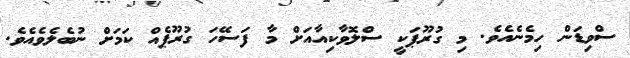
ސްވިޑަން ހިމެނެއެވެ. މި ގުރޫޕަކީ ސްލޮވާކިއާއަށް މާ ފަަސޭހަ ގުރޫޕެއް ކަމަށް ނުބެލެވެއެވެ.